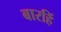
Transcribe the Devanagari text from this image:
बारहिं